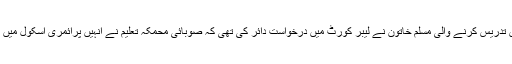
غیر ملکی خبر رساں ادارے کے مطابق برلن کے اسکول میں تدریس کرنے والی مسلم خاتون نے لیبر کورٹ میں درخواست دائر کی تھی کہ صوبائی محمکہ تعلیم نے انہیں پرائمری اسکول میں تعینات کرنے کے بجائے سیکنڈری اسکول میں بھیج دیا ہے۔